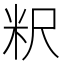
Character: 粎